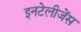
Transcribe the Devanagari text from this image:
इनटेलीजेंस